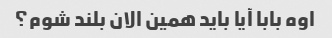
اوه بابا آیا باید همین الان بلند شوم؟